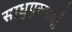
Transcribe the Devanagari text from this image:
साधुपुरुषाची